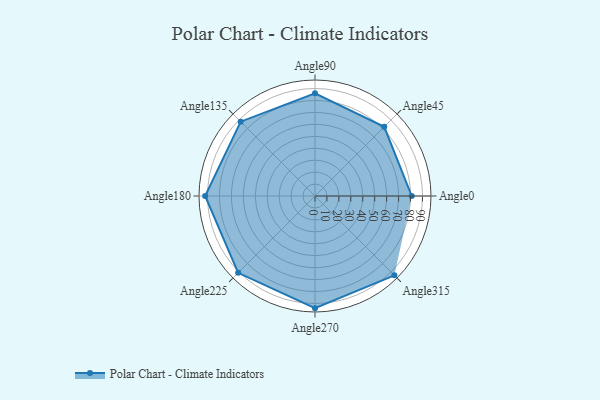
{"axis": {"x": "Angle", "y": "Radius"}, "legend": [""], "data": [{"x": "Angle0", "y": 81.0, "type": ""}, {"x": "Angle45", "y": 82.0, "type": ""}, {"x": "Angle90", "y": 86.0, "type": ""}, {"x": "Angle135", "y": 88.0, "type": ""}, {"x": "Angle180", "y": 92.0, "type": ""}, {"x": "Angle225", "y": 91.0, "type": ""}, {"x": "Angle270", "y": 94.0, "type": ""}, {"x": "Angle315", "y": 94.0, "type": ""}]}